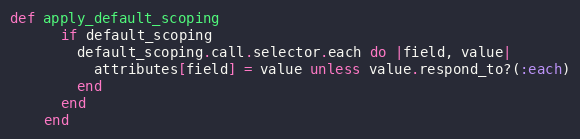
Language: Ruby
def apply_default_scoping
      if default_scoping
        default_scoping.call.selector.each do |field, value|
          attributes[field] = value unless value.respond_to?(:each)
        end
      end
    end